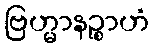
ဗြဟ္မာနဉ္စာဟံ